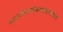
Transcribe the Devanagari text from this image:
लोचनललामलोकमनोहरवसन्त